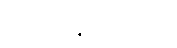
ဋ္ဌ-ပ-အုပ်-၃၆၇။